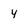
Character: y